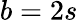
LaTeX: b=2s